Annual report of the Punjab Veterinary College and of the Civil Veterinary Department, Punjab - 1894-1908
Year: 1894
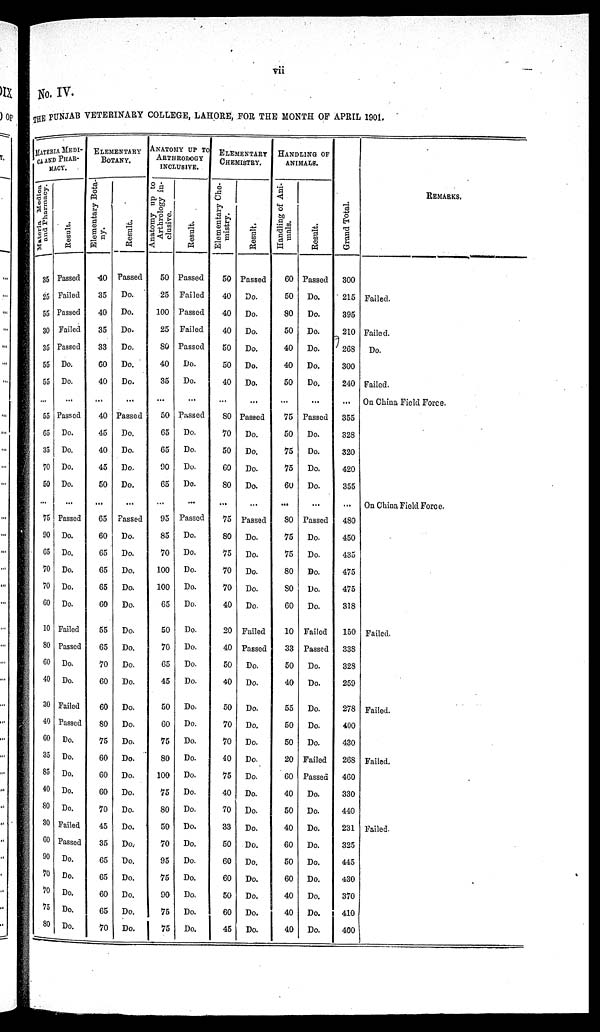
vii
No. IV.
THE PUNJAB VETERINARY COLLEGE, LAHORE, FOR THE MONTH OF APRIL 1901.
MATERIA MEDI¬
CA AND PHAR-
----.
Materia Medica
and Pharmacy.
35
25
55
30
35
55
55
...
55
65
35
70
50
...
75
90
65
70
70
60
10
80
60
40
30
40
60
35
85
40
80
30
60
90
70
70
75
80
Result.
Passed
Failed
Passed
Failed
Passed
Do.
Do.
...
Passed
Do.
Do.
Do.
Do.
...
Passed
Do.
Do.
Do.
Do.
Do.
Failed
Passed
Do.
Do.
Failed
Passed
Do.
Do.
Do.
Do.
Do.
Failed
Passed
Do.
Do.
Do.
Do.
Do.
ELEMENTARY
BOTANY.
Elementary Bota-
ny.
40
35
40
35
33
60
40
...
40
45
40
45
50
...
65
60
65
65
65
60
55
65
70
60
60
80
75
60
60
60
70
45
35
65
65
60
65
70
Result.
Passed
Do.
Do.
Do.
Do.
Do.
Do.
...
Passed
Do.
Do.
Do.
Do.
...
Passed
Do.
Do.
Do.
Do.
Do.
Do.
Do.
Do.
Do.
Do.
Do.
Do.
Do.
Do.
Do.
Do.
Do.
Do.
Do.
Do.
Do.
Do.
Do.
ANATOMY UP TO
ARTHROLOGY
INCLUSIVE.
Anatomy up to
Arthrology in-
clusive.
50
25
100
25
80
40
35
...
50
65
65
90
65
...
95
85
70
100
100
65
50
70
65
45
50
60
75
80
100
75
80
50
70
95
75
90
75
75
Result.
Passed
Failed
Passed
Failed
Passed
Do.
Do.
...
Passed
Do.
Do.
Do.
Do.
...
Passed
Do.
Do.
Do.
Do.
Do.
Do.
Do.
Do.
Do.
Do.
Do.
Do.
Do.
Do.
Do.
Do.
Do.
Do.
Do.
Do.
Do,
Do.
Do.
ELEMENTARY
CHEMISTRY.
Elementary Che-
mistry.
50
40
40
40
50
50
40
...
80
70
50
60
80
...
75
80
75
70
70
40
20
40
50
40
50
70
70
40
75
40
70
33
50
60
60
50
60
45
Result.
Passed
Do.
Do.
Do.
Do.
Do.
Do.
...
Passed
Do.
Do.
Do.
Do.
...
Passed
Do.
Do.
Do.
Do.
Do.
Failed
Passed
Do.
Do.
Do.
Do.
Do.
Do.
Do.
Do.
Do.
Do.
Do.
Do.
Do.
Do.
Do.
Do.
HANDLING OF
ANIMALS.
Handling of Ani¬
mals.
60
50
80
50
40
40
50
...
75
50
75
75
60
...
80
75
75
80
80
60
10
33
50
40
55
50
50
20
60
40
50
40
60
50
60
40
40
40
Result.
Passed
Do.
Do.
Do.
Do.
Do.
Do.
...
Passed
Do.
Do.
Do.
Do.
...
Passed
Do.
Do.
Do.
Do.
Do.
Failed
Passed
Do.
Do.
Do.
Do.
Do.
Failed
Passed
Do.
Do.
Do.
Do.
Do.
Do.
Do.
Do.
Do.
Grand Total.
300
215
395
210
268
300
240
...
355
328
320
420
355
...
480
450
435
475
475
318
150
338
328
259
278
400
430
268
460
330
440
231
325
445
430
370
410
400
REMARKS.
Failed.
Failed.
Do.
Failed.
On China Field Force.
On China Field Force.
Failed.
Failed.
Failed.
Failed.